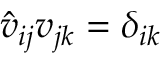
\hat { v } _ { i j } v _ { j k } = \delta _ { i k }